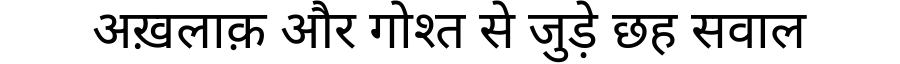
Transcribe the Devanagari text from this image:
अख़लाक़ और गोश्त से जुड़े छह सवाल